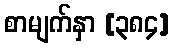
စာမျက်နှာ [၃၈၄]